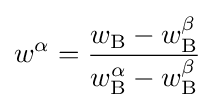
w^{\alpha }={\frac {w_{\rm {B}}-w_{\rm {B}}^{\beta }}{w_{\rm {B}}^{\alpha }-w_{\rm {B}}^{\beta }}}